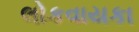
લોકવાયકા